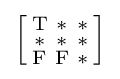
{\Bigl [}{\begin{smallmatrix}\mathrm {T} &\mathrm {*} &\mathrm {*} \\\mathrm {*} &\mathrm {*} &\mathrm {*} \\\mathrm {F} &\mathrm {F} &\mathrm {*} \end{smallmatrix}}{\Bigr ]}